system: You are a helpful assistant.
user:
Analyze the provided spectrum to determine if it is a **M-type Giant (gM)**.

A M-type Giant spectrum is defined by its **strong molecular absorption** features, particularly from **Titanium Oxide (TiO)**. You must check for one of the following mutually exclusive signatures:

- **Key Visual Indicators (Absorption-Dominated Spectrum):**

    - **(Primary):** The spectrum is dominated by strong molecular absorption from **Titanium Oxide (TiO)**. This is the **defining feature** of its M-type temperature class.
        - **(Key Bandheads):** Look for sharp, "saw-tooth" absorption valleys. The strongest are located near **~7050 Å**, **~6160 Å**, and **~5170 Å**.
        - **(Line Profile):** The "saw-tooth" morphology is critical: a **sharp, steep drop on the BLUE (short-wavelength) side** of the bandhead, followed by a gradual recovery (rising flux) towards the RED (long-wavelength) side.

    - **(Key Confirmation - Giant vs. Dwarf):** **ABSENCE** of strong **Calcium Hydride (CaH)** molecular bands. This is the primary diagnostic for *excluding* M-dwarfs.
        - **(Key Region):** The spectrum should lack the strong, broad absorption band seen in dwarfs between **~6800 Å and ~7000 Å**.

    - **(Secondary Confirmation - Giant):** A very strong and broad **Neutral Calcium (Ca I)** atomic absorption line.
        - **(Key Line):** Located at **~4226 Å**. In a giant (gM), this line is significantly deeper and broader than the same line in an M-dwarf (dM) due to low surface gravity.

    - **(Overall Spectrum):**
        - The continuum is **extremely red-sloping** (i.e., flux is very low in the blue and rises dramatically towards the red).
        - The entire spectrum appears "chopped up" by the deep TiO bands.

Think first, call **spectral_visualization_tool** if needed to examine features in detail, then provide your final answer. Your response must adhere to the following strict rules:
1.  **Overall Structure:** Your response must follow the format `<think>...</think> <tool_call>...</tool_call> (if a tool is used) <answer>...</answer>`.
2.  **Tool Usage Constraint:** You may only make **one** tool call per turn.
3.  **Final Answer Format:** In the `<answer>` tag, your conclusion must be inside a `\boxed{}` command (e.g., `\boxed{YES}` or `\boxed{NO}`), followed by your justification.

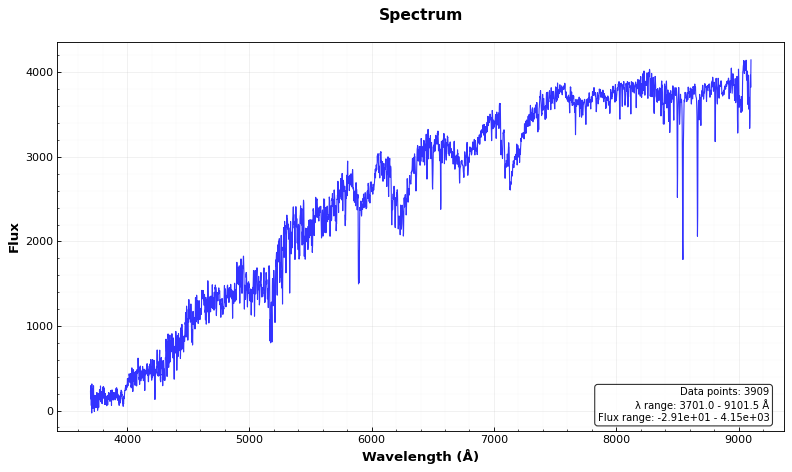
Answer: YES